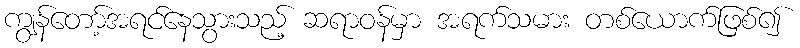
ကျွန်တော့်အရင်နေသွားသည့် ဆရာဝန်မှာ အရက်သမား တစ်ယောက်ဖြစ်၍